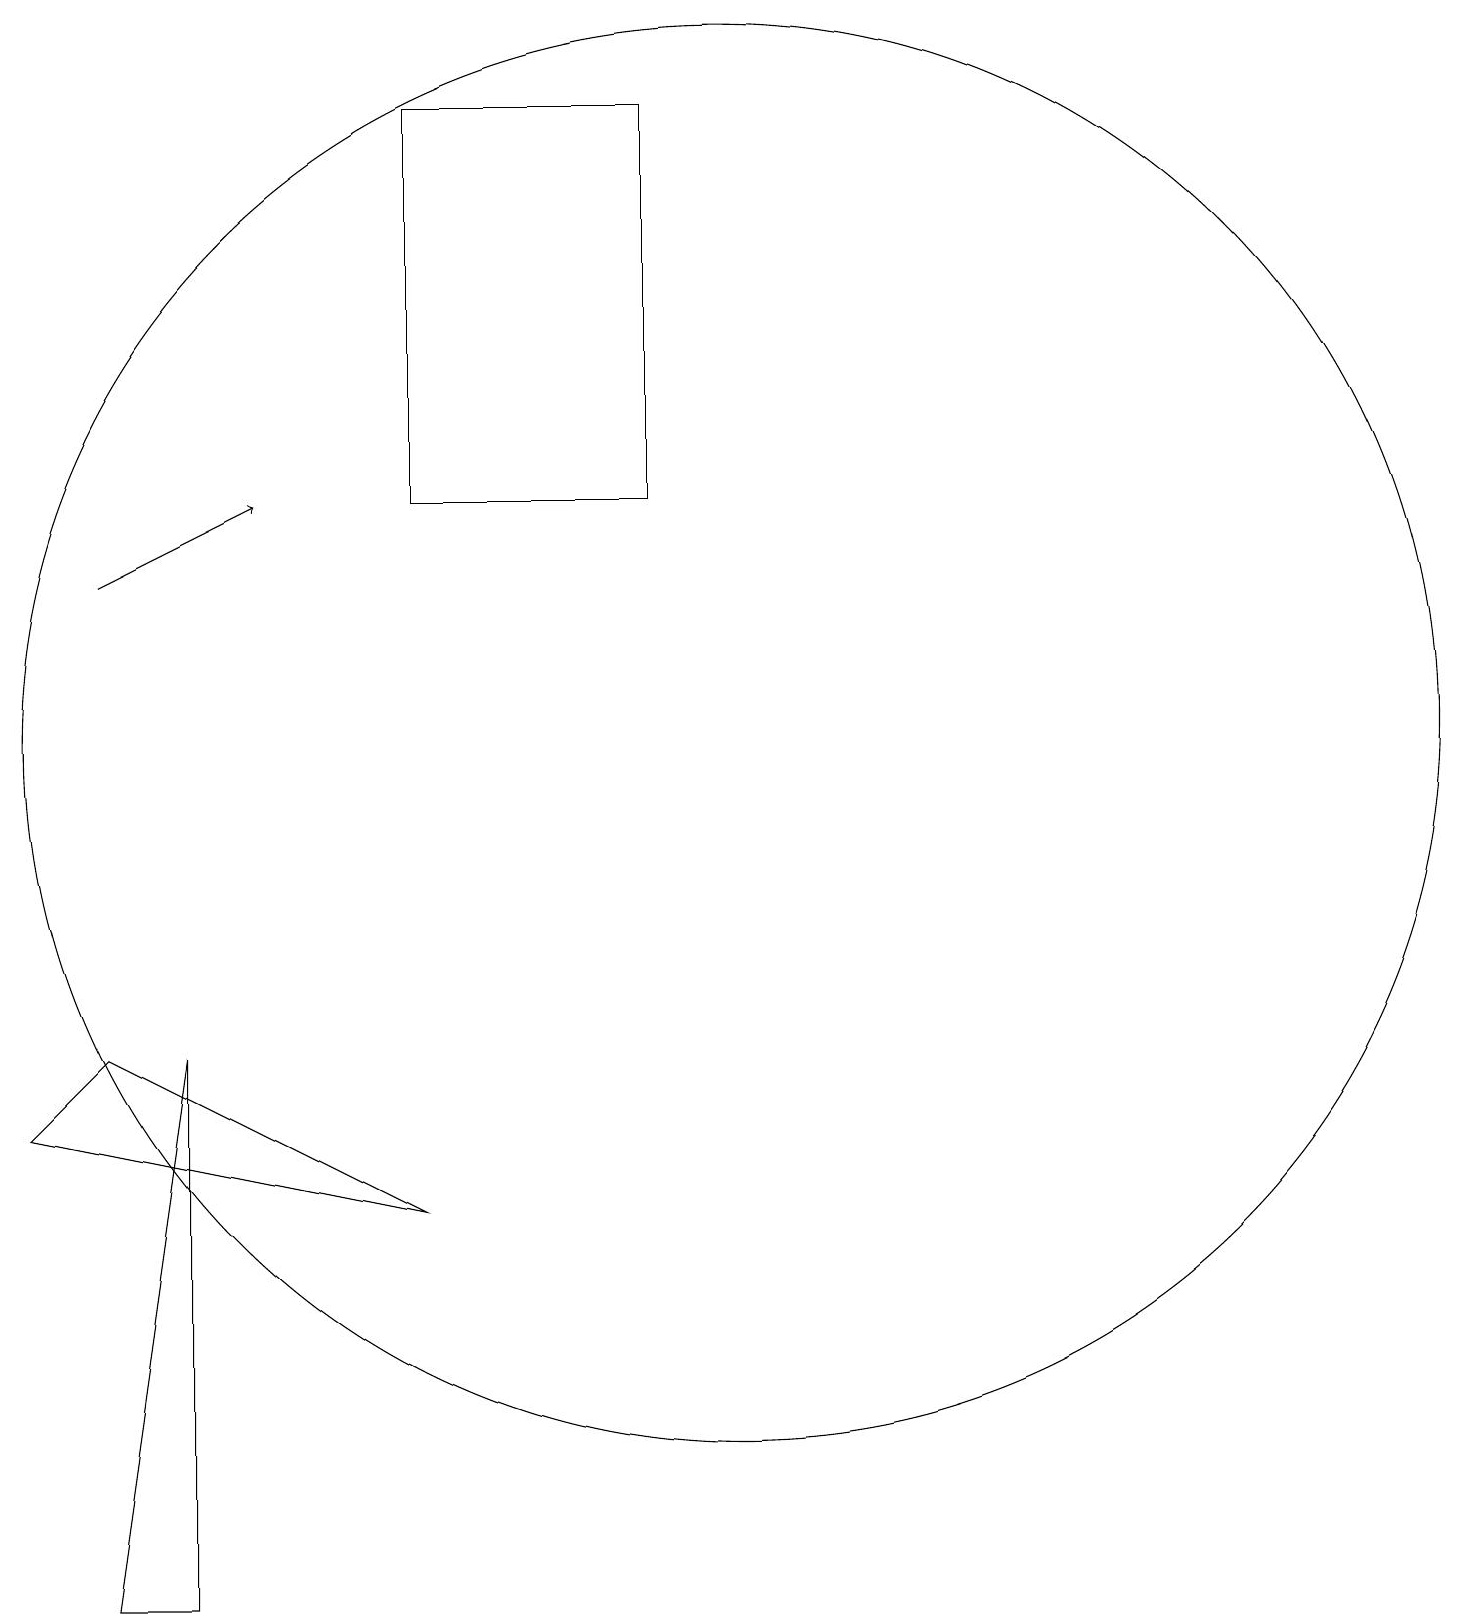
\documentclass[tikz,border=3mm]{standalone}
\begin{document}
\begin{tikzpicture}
\draw (6,19) rectangle (9,14);
\draw[->] (2,13) -- (4,14);
\draw (10,11) circle (9);
\draw (7,19) rectangle (6,19);
\draw (1,6) -- (6,5) -- (2,7) -- cycle;
\draw (2,0) -- (3,7) -- (3,0) -- cycle;
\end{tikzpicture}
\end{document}